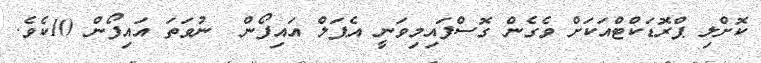
ކޮށްލި ޕްރޮޑަކްޓްއަކަށް ވެގެން ގޮސްފައިމިވަނީ އެޕަލް އައިފޯން  ނުވަތަ އައިފޯން 10ކެވެ.